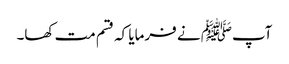
آپﷺ نے فرمایا کہ قسم مت کھا۔